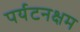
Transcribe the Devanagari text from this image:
पर्यटनक्षम